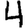
Digit: 4